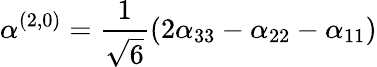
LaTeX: \alpha^{(2,0)}=\frac{1}{\sqrt{6}}(2\alpha_{33}-\alpha_{22}-\alpha_{11})